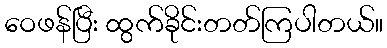
ဝေဖန်ပြီး ထွက်ခိုင်းတတ်ကြပါတယ်။